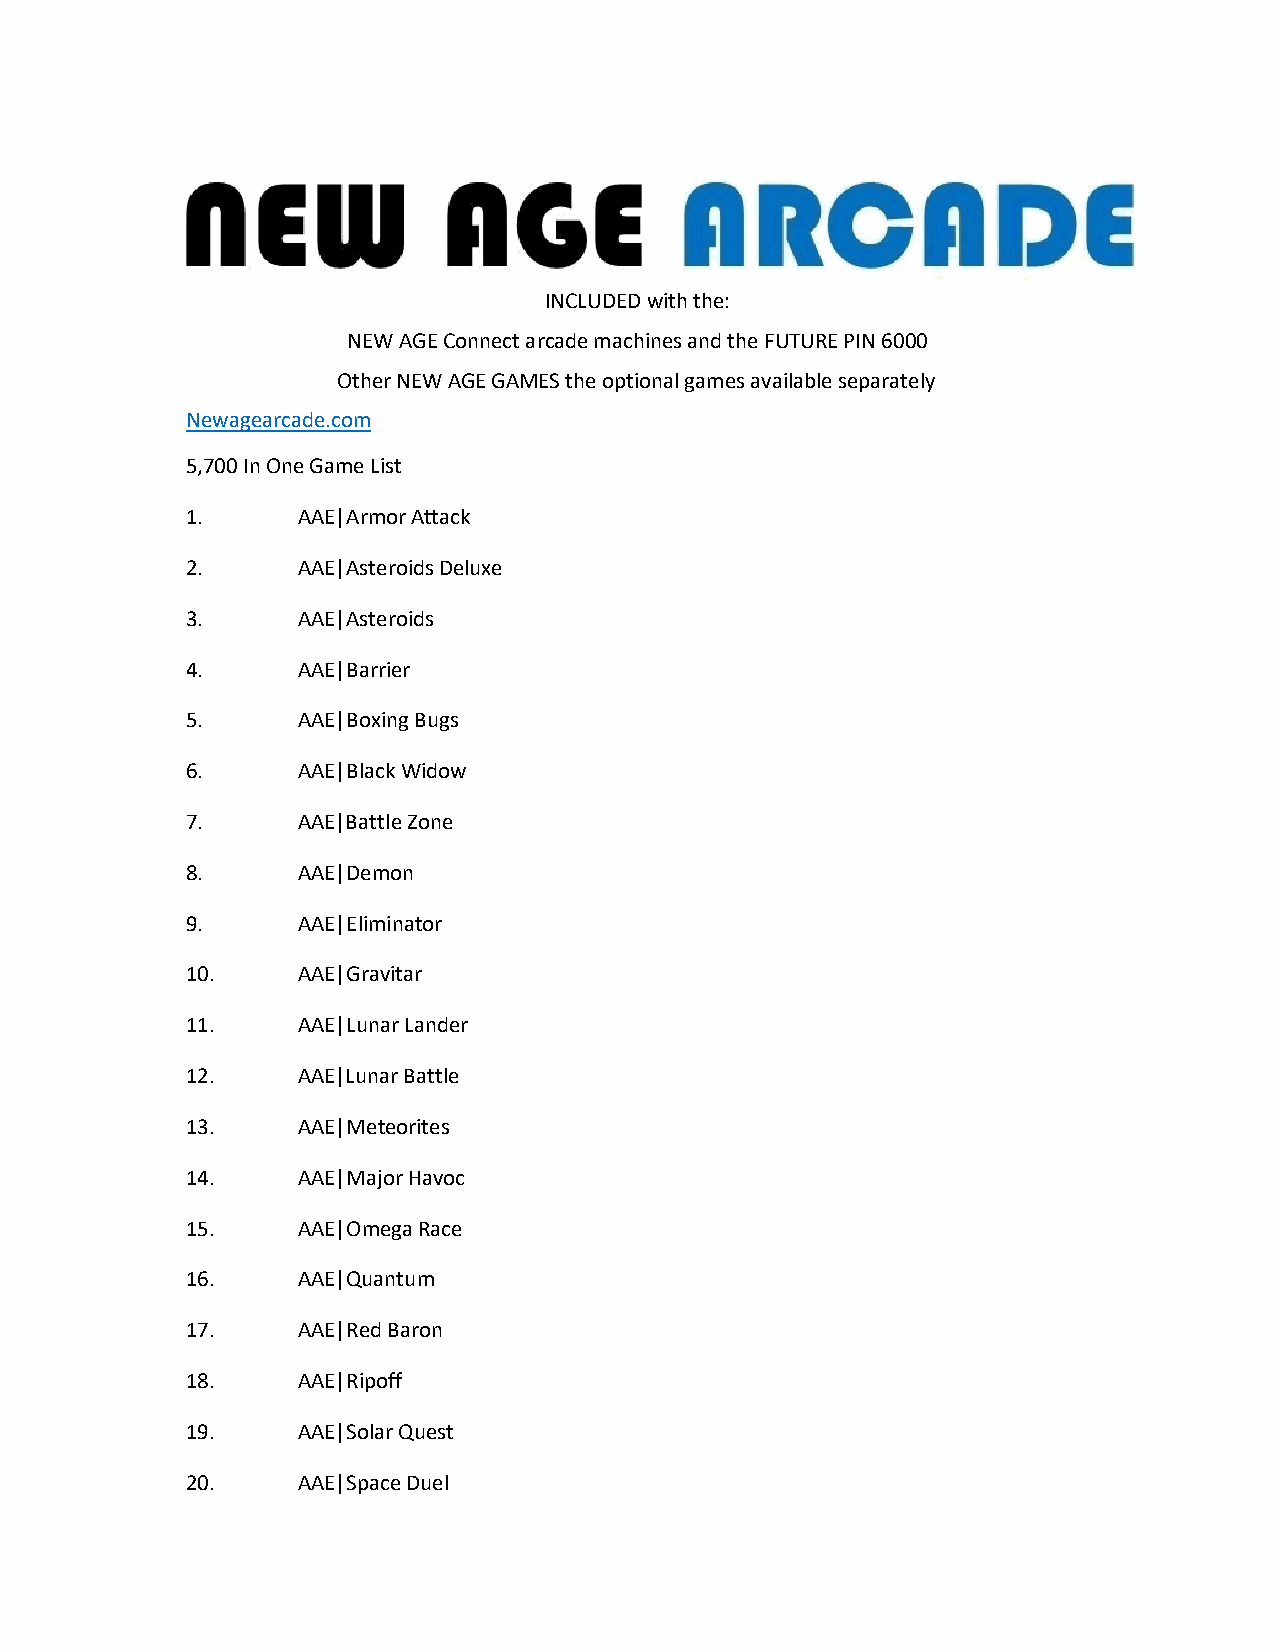
INCLUDED with the:
 NEW AGE Connect arcade machines and the FUTURE PIN 6000
 Other NEW AGE GAMES the optional games available separately
 Newagearcade.com
 5,700 In One Game List
 1.      AAE|Armor Attack
 2.      AAE|Asteroids Deluxe
 3.      AAE|Asteroids
 4.      AAE|Barrier
 5.      AAE|Boxing Bugs
 6.      AAE|Black Widow
 7.      AAE|Battle Zone
 8.      AAE|Demon
 9.      AAE|Eliminator
 10.     AAE|Gravitar
 11.     AAE|Lunar Lander
 12.     AAE|Lunar Battle
 13.     AAE|Meteorites
 14.     AAE|Major Havoc
 15.     AAE|Omega Race
 16.     AAE|Quantum
 17.     AAE|Red Baron
 18.     AAE|Ripoff
 19.     AAE|Solar Quest
 20.     AAE|Space Duel